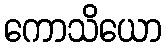
ကောသိယော